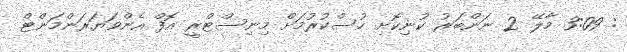
: 3:09 މާލޭ 2 ނަންބަރު ކުނިކޮށި ހުސްކުރުމަށް މިނިސްޓްރީ އޮފް އެންވަޔަރަންމަންޓް